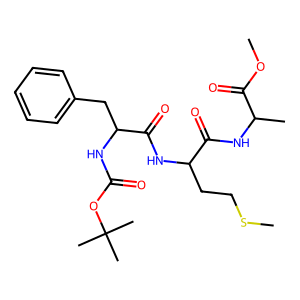
SMILES: COC(=O)C(C)NC(=O)C(CCSC)NC(=O)C(Cc1ccccc1)NC(=O)OC(C)(C)C
Inhibits HIV replication: No